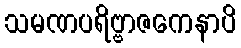
သမဏပရိဗ္ဗာဇကေနာပိ